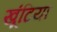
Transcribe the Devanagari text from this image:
खूंटिया